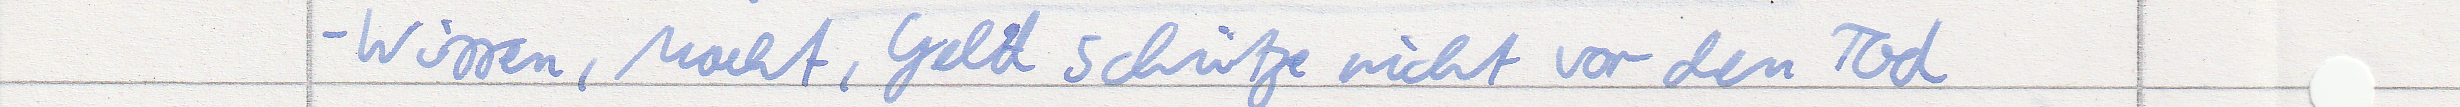
- Wissen, Macht, Geld schütze nicht vor dem Tod